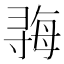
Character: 𫴱